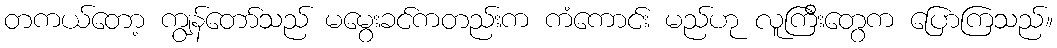
တကယ်တော့ ကျွန်တော်သည် မမွေးခင်ကတည်းက ကံကောင်း မည်ဟု လူကြီးတွေက ပြောကြသည်။